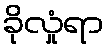
ခိုလှုံရာ